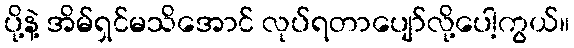
ပို့နဲ့ အိမ်ရှင်မသိအောင် လုပ်ရတာပျော်လို့ပေါ့ကွယ်။